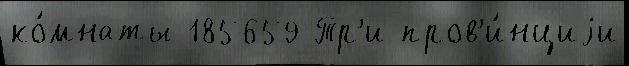
ко́мнаты 185659 Тр'и пров'и́нциjи